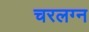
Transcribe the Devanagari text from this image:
चरलग्न